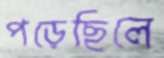
পড়েছিলে